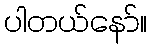
ပါတယ်နော်။